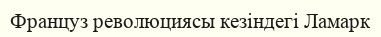
Француз революциясы кезіндегі Ламарк